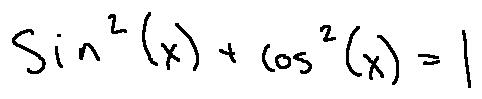
\sin ^ { 2 } ( x ) + \cos ^ { 2 } ( x ) = 1